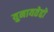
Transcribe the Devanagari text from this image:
युनायतेद्दो